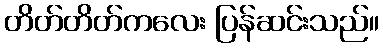
တိတ်တိတ်ကလေး ပြန်ဆင်းသည်။